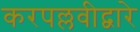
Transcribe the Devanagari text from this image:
करपल्लवीद्वारे